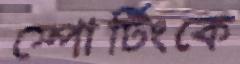
স্পোর্টিংকে